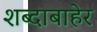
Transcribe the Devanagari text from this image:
शब्दाबाहेर